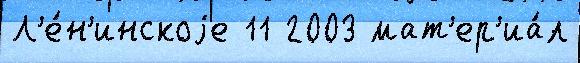
Л'е́н'инскоjе 11 2003 мат'ер'иа́л